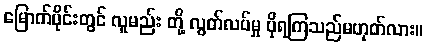
မြောက်ပိုင်းတွင် လူမည်း တို့ လွတ်လပ်မှု ပိုရကြသည်မဟုတ်လား။